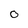
Character: o